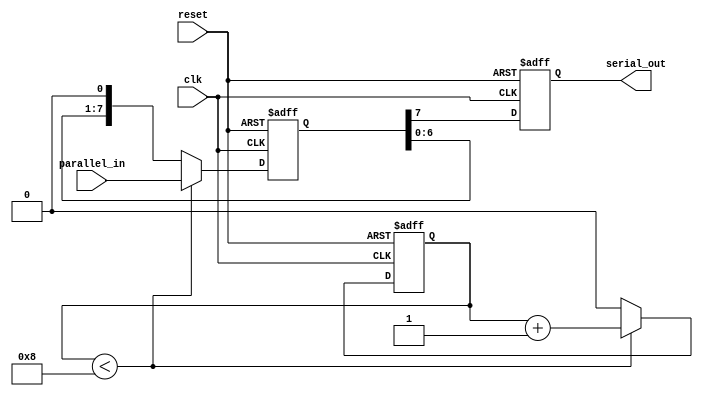
module parallel_to_serial_register(
    input wire clk,
    input wire reset,
    input wire [7:0] parallel_in,
    output reg serial_out
);

reg [7:0] data_reg;
reg counter;

always @(posedge clk or posedge reset) begin
    if (reset) begin
        data_reg <= 8'b0;
        counter <= 0;
        serial_out <= 1'b0;
    end else begin
        if (counter < 8) begin
            data_reg <= parallel_in;
            counter <= counter + 1;
        end else begin
            data_reg <= {data_reg[6:0], 1'b0};
            counter <= 0;
        end
        
        serial_out <= data_reg[7];
    end
end

endmodule